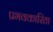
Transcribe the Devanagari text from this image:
प्रभवकारिता